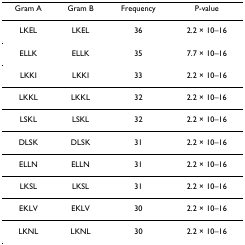
| Gram A | Gram B | Frequency | P-value |
 | --- | --- | --- | --- |
 | LKEL | LKEL | 36 | 2.2 × 10–16 |
 | ELLK | ELLK | 35 | 7.7 × 10–16 |
 | LKKI | LKKI | 33 | 2.2 × 10–16 |
 | LKKL | LKKL | 32 | 2.2 × 10–16 |
 | LSKL | LSKL | 32 | 2.2 × 10–16 |
 | DLSK | DLSK | 31 | 2.2 × 10–16 |
 | ELLN | ELLN | 31 | 2.2 × 10–16 |
 | LKSL | LKSL | 31 | 2.2 × 10–16 |
 | EKLV | EKLV | 30 | 2.2 × 10–16 |
 | LKNL | LKNL | 30 | 2.2 × 10–16 |